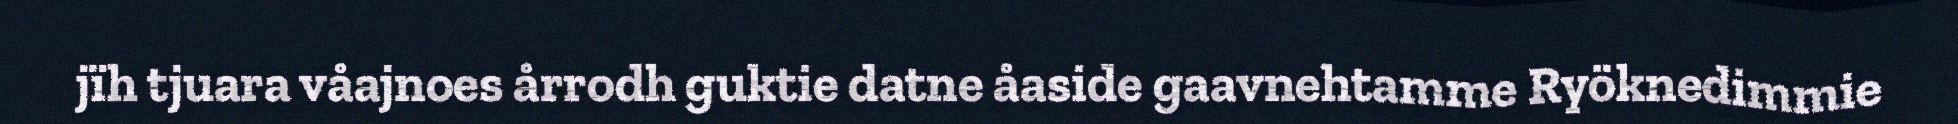
jïh tjuara våajnoes årrodh guktie datne åaside gaavnehtamme Ryöknedimmie